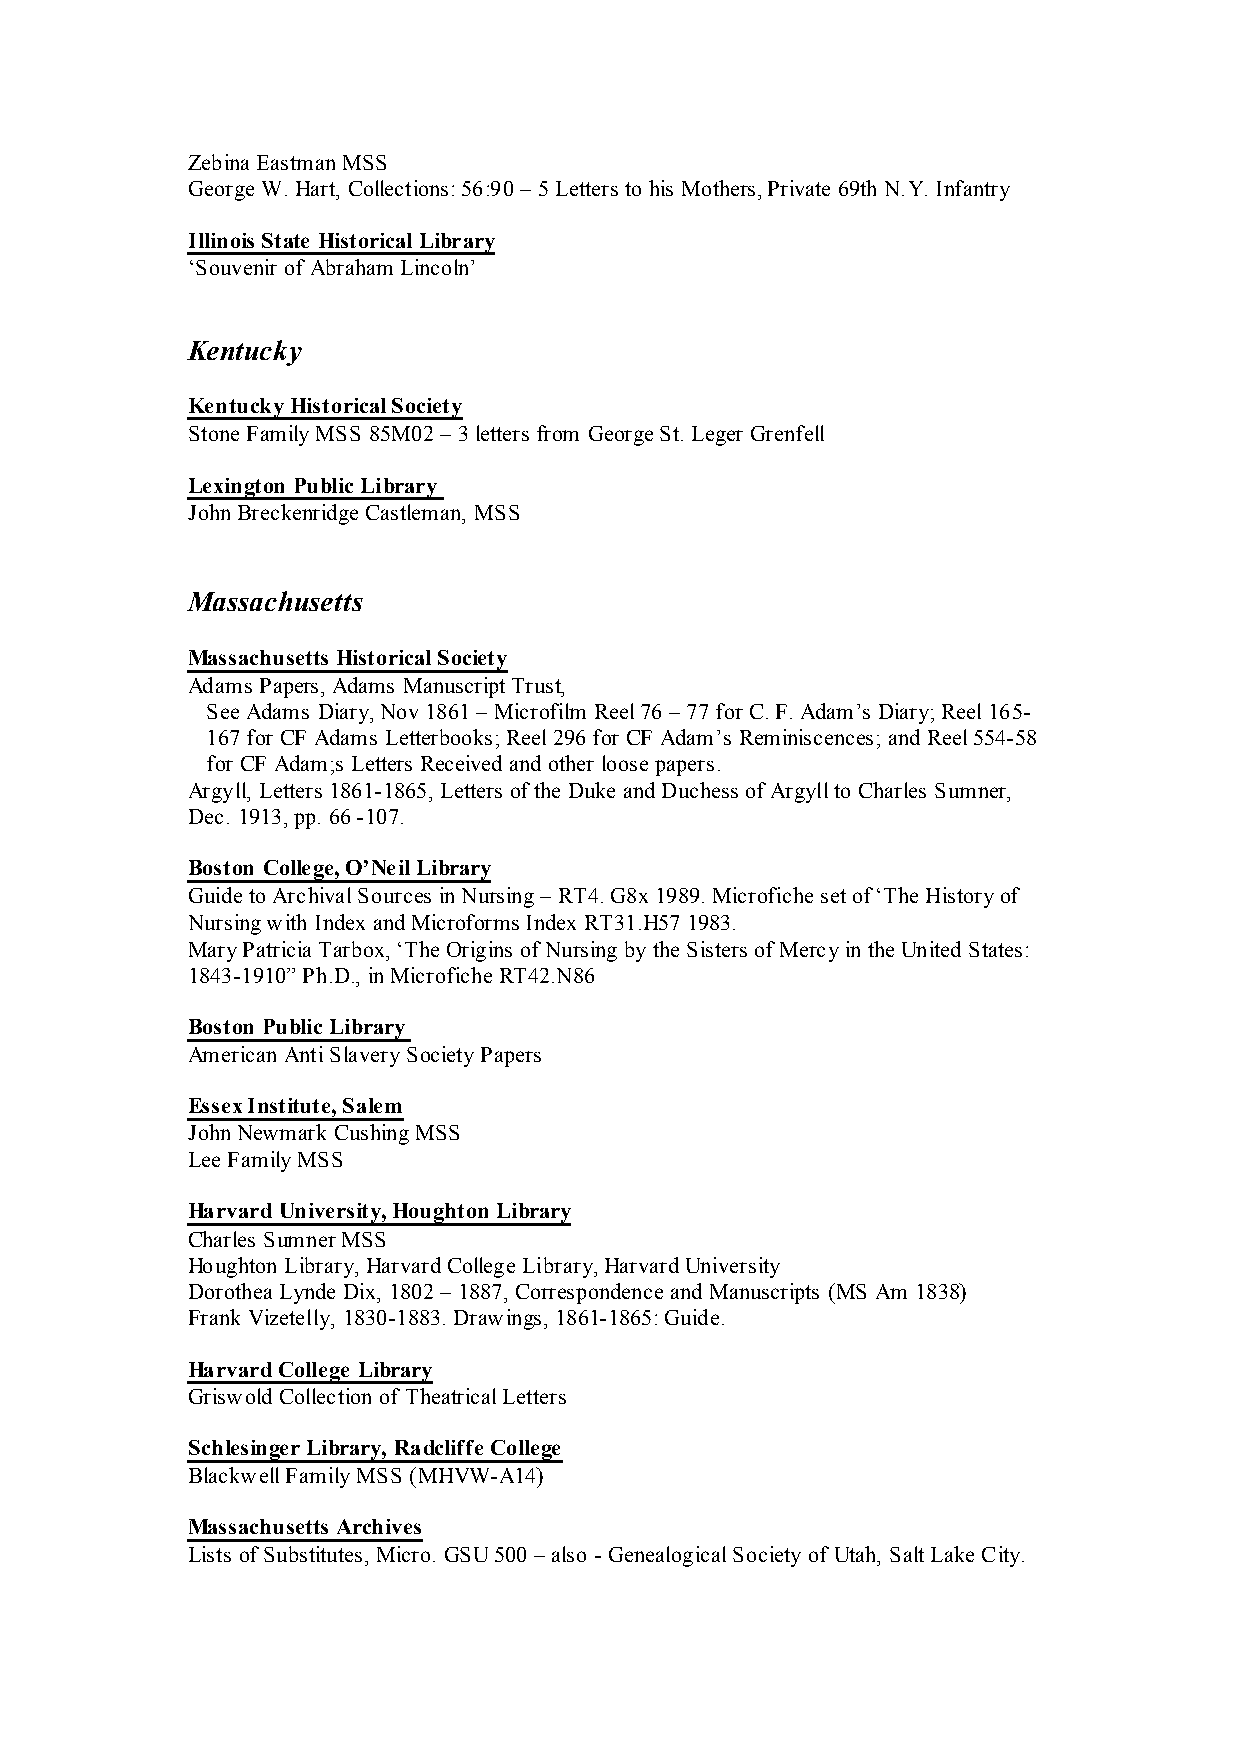
Zebina Eastman MSS
 George W. Hart, Collections: 56:90 – 5 Letters to his Mothers, Private 69th N.Y. Infantry
 Illinois State Historical Library
 ‘Souvenir of Abraham Lincoln’
 Kentucky
 Kentucky Historical Society
 Stone Family MSS 85M02 – 3 letters from George St. Leger Grenfell
 Lexington Public Library
 John Breckenridge Castleman, MSS
 Massachusetts
 Massachusetts Historical Society
 Adams Papers, Adams Manuscript Trust,
 See Adams Diary, Nov 1861 – Microfilm Reel 76 – 77 for C. F. Adam’s Diary; Reel 165-
 167 for CF Adams Letterbooks; Reel 296 for CF Adam’s Reminiscences; and Reel 554-58
 for CF Adam;s Letters Received and other loose papers.
 Argyll, Letters 1861-1865, Letters of the Duke and Duchess of Argyll to Charles Sumner,
 Dec. 1913, pp. 66 -107.
 Boston College, O’Neil Library
 Guide to Archival Sources in Nursing – RT4. G8x 1989. Microfiche set of ‘The History of
 Nursing with Index and Microforms Index RT31.H57 1983.
 Mary Patricia Tarbox, ‘The Origins of Nursing by the Sisters of Mercy in the United States:
 1843-1910” Ph.D., in Microfiche RT42.N86
 Boston Public Library
 American Anti Slavery Society Papers
 Essex Institute, Salem
 John Newmark Cushing MSS
 Lee Family MSS
 Harvard University, Houghton Library
 Charles Sumner MSS
 Houghton Library, Harvard College Library, Harvard University
 Dorothea Lynde Dix, 1802 – 1887, Correspondence and Manuscripts (MS Am 1838)
 Frank Vizetelly, 1830-1883. Drawings, 1861-1865: Guide.
 Harvard College Library
 Griswold Collection of Theatrical Letters
 Schlesinger Library, Radcliffe College
 Blackwell Family MSS (MHVW-A14)
 Massachusetts Archives
 Lists of Substitutes, Micro. GSU 500 – also - Genealogical Society of Utah, Salt Lake City.